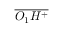
\overline { { O _ { 1 } H ^ { + } } }